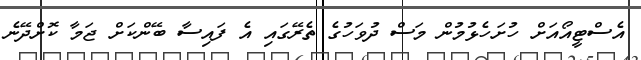
އެސްޓީއޯއަށް ހުށަހެޅުމުން މަސް ދުވަހުގެ ތެރޭގައި އެ ފައިސާ ބޭންކަށް ޖަމާ ކޮށްދޭނެ